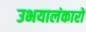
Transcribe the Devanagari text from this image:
उभयालंकारों